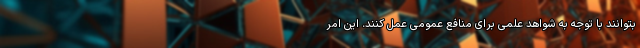
بتوانند با توجه به شواهد علمی برای منافع عمومی عمل کنند. این امر